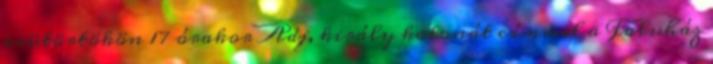
csütörtökön 17 órakor Adj, király katonát címmel a Faluház